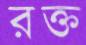
রক্ত